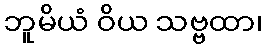
ဘူမိယံ ဝိယ သဗ္ဗထာ၊